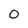
Character: 0